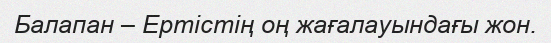
Балапан – Ертістің оң жағалауындағы жон.